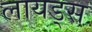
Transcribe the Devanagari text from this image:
लायड्स